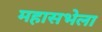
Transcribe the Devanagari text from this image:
महासभेला